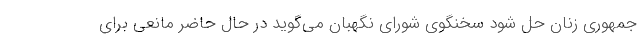
جمهوری زنان حل شود سخنگوی شورای نگهبان می‌گوید در حال حاضر مانعی برای